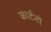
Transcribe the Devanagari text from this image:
कार्टनों